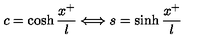
c = \cosh \frac { x ^ { + } } { l } \Longleftrightarrow s = \sinh \frac { x ^ { + } } { l }